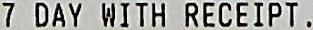
7 DAY WITH RECEIPT .